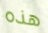
هذه